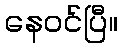
နေဝင်ပြီ။